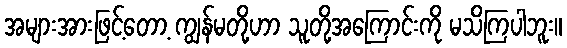
အများအားဖြင့်တော့ ကျွန်မတို့ဟာ သူတို့အကြောင်းကို မသိကြပါဘူး။